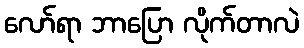
လော်ရာ ဘာပြော လိုက်တာလဲ